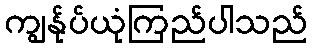
ကျွန်ုပ်ယုံကြည်ပါသည်